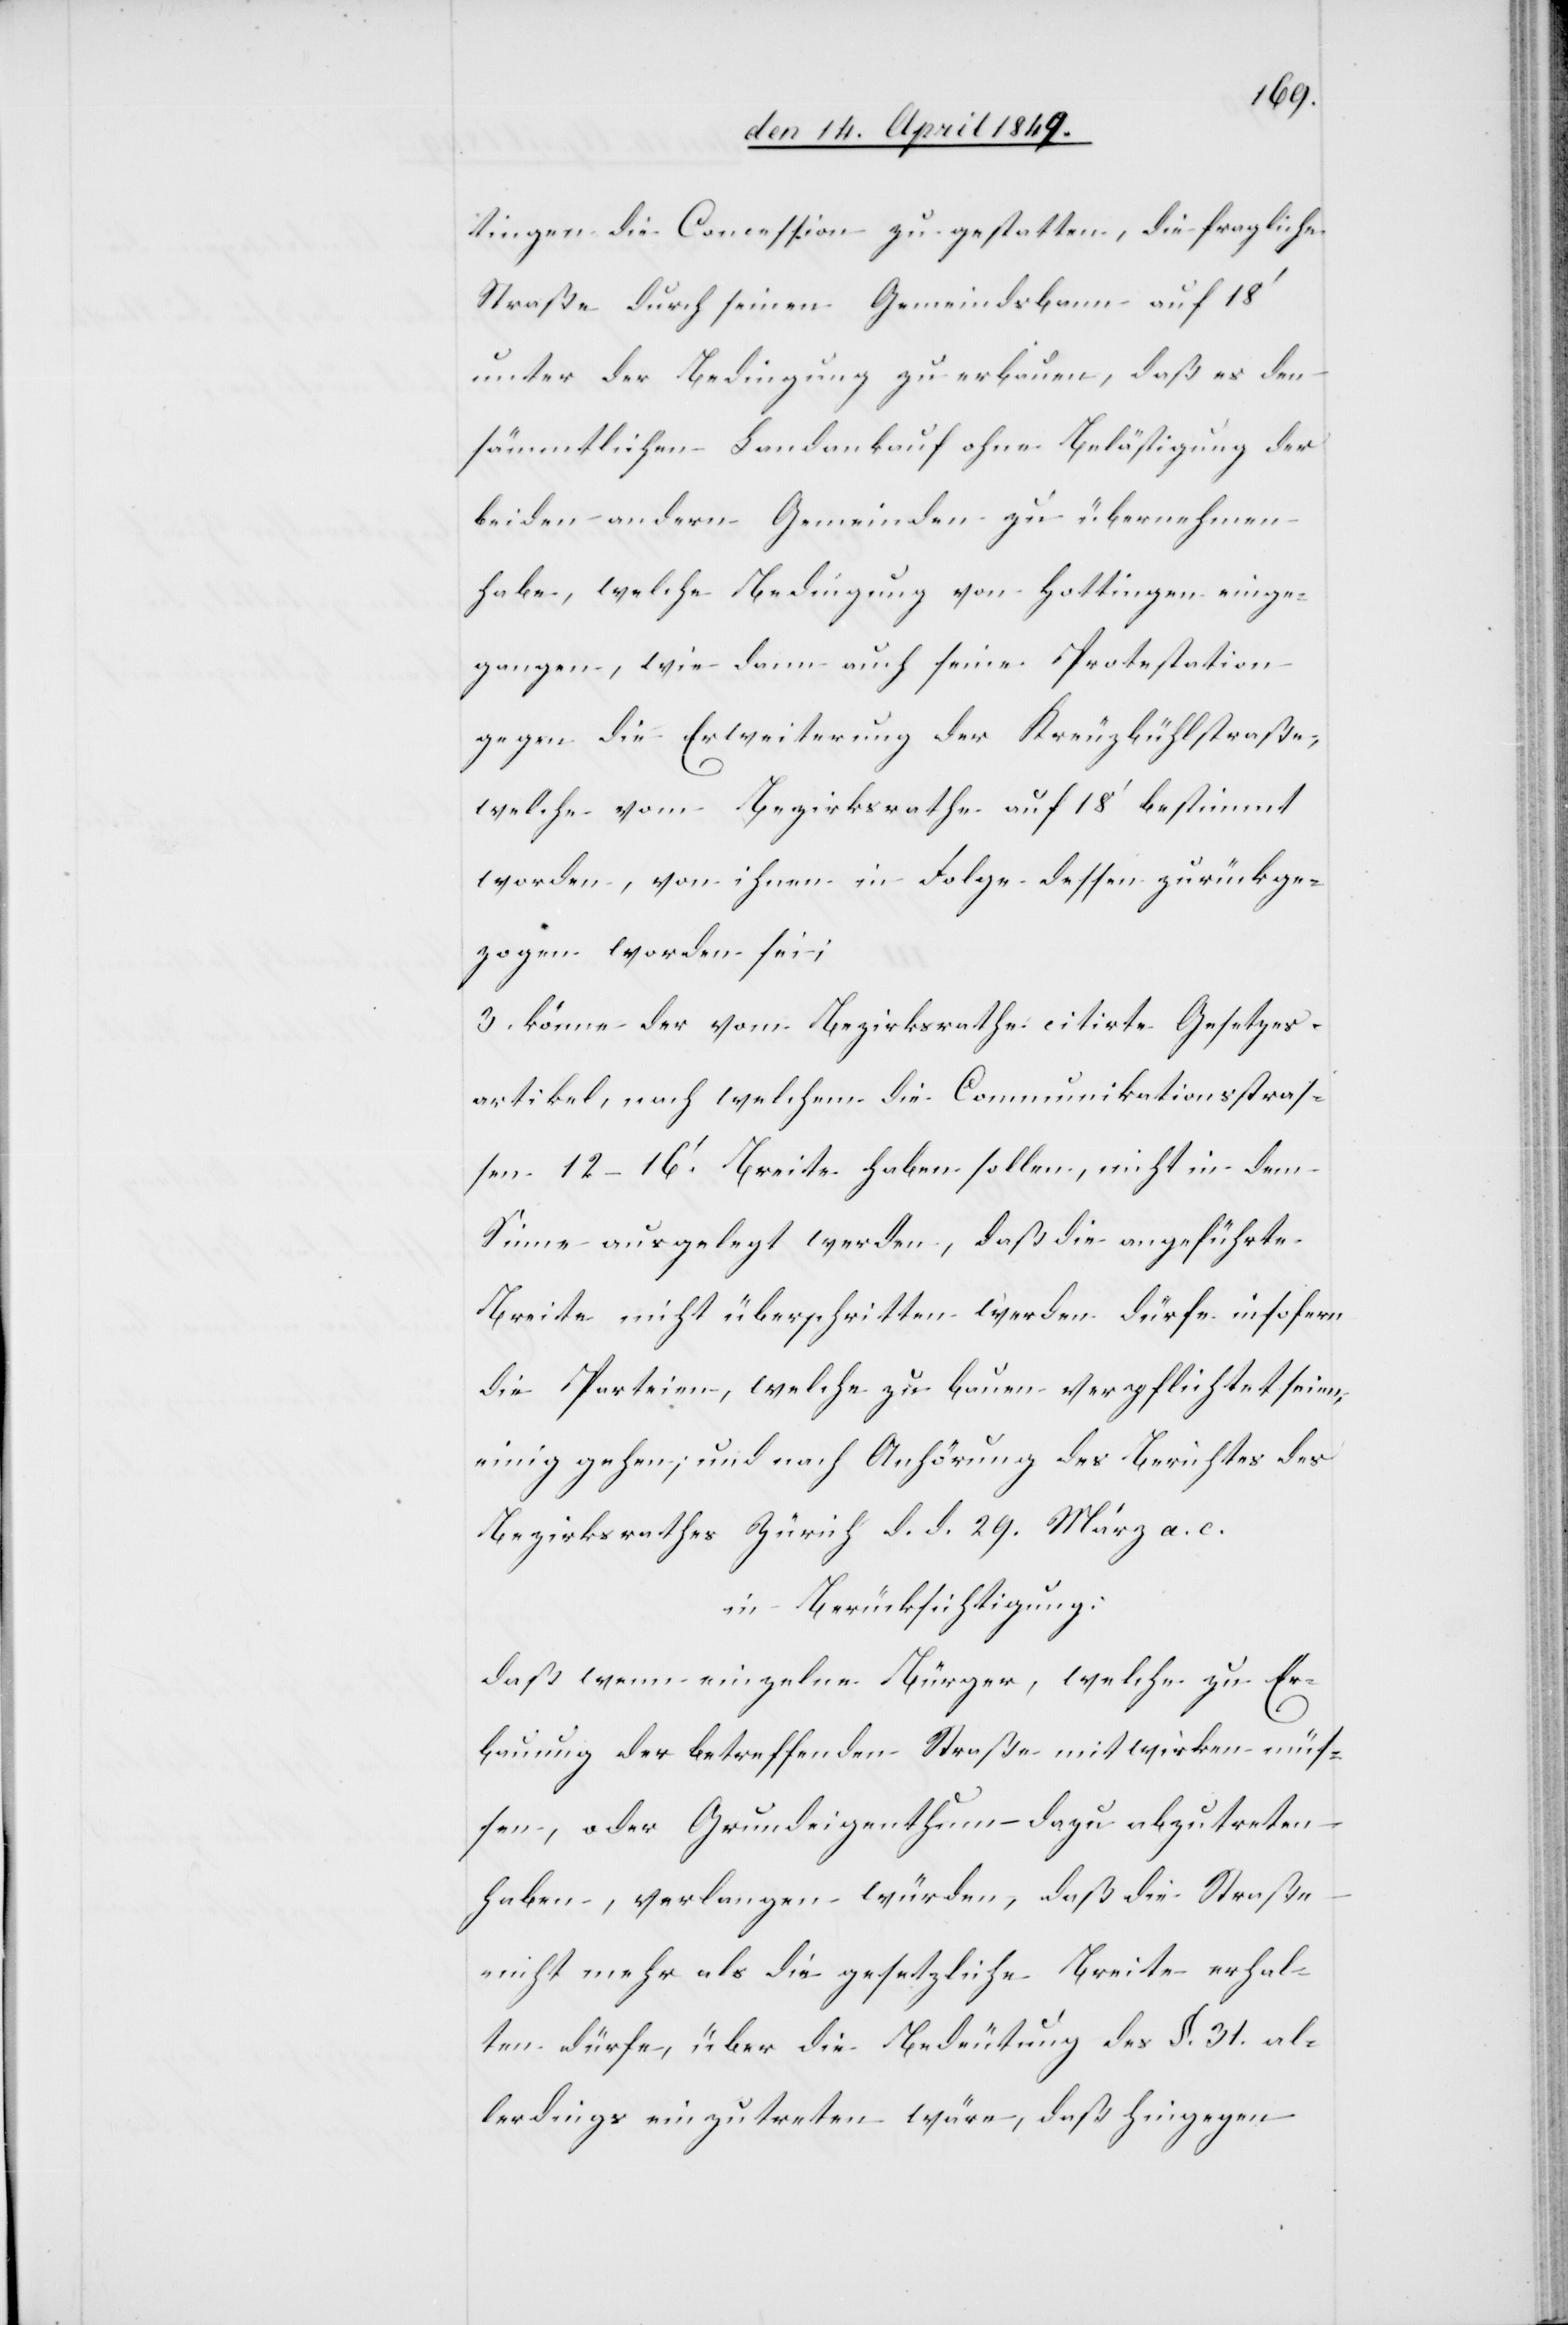
tingen die Concession zu gestatten, die fragliche
Straße durch seinen Gemeindsbann auf 18‘
unter der Bedingung zu erbauen, daß es den
sämmtlichen Landankauf ohne Belästigung der
beiden andern Gemeinden zu übernehmen
habe, welche Bedingung von Hottingen einge¬
gangen, wie dann auch seine Protestation
gegen die Erweiterung der Kreuzbühlstraße,
welche vom Bezirksrathe auf 18‘ bestimmt
worden, von ihnen in Folge dessen zurückge¬
zogen worden sei;
3. könne der vom Bezirksrathe citirte Gesetzes¬
artikel, nach welchem die Communikationsstras¬
sen 12–16‘. Breite haben sollen, nicht in dem
Sinne ausgelegt werden, daß die angeführte
Breite nicht überschritten werden dürfe insofern
die Parteien, welche zu bauen verpflichtet seien,
einig gehen, und nach Anhörung des Berichtes des
Bezirksrathes Zürich d. d. 29. März a. c.
in Berücksichtigung:
daß wenn einzelne Bürger, welche zu Er¬
bauung der betreffenden Straße mitwirken müs¬
sen, oder Grundeigenthum dazu abzutreten
haben, verlangen würden, daß die Straße
nicht mehr als die gesetzliche Breite erhal¬
ten dürfe, über die Bedeutung des §. 31. al¬
lerdings einzutreten wäre, daß hingegen